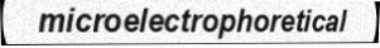
microelectrophoretical